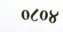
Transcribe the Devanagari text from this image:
०८०४